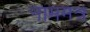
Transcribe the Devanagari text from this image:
नाममत्र